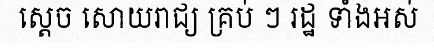
ស្តេច សោយរាជ្យ គ្រប់ ៗ រដ្ឋ ទាំងអស់